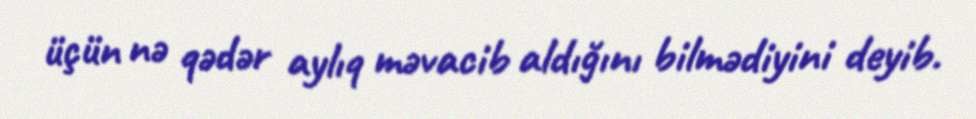
üçün nə qədər aylıq məvacib aldığını bilmədiyini deyib.